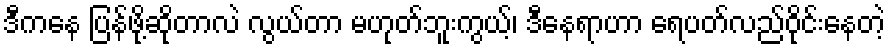
ဒီကနေ ပြန်ဖို့ဆိုတာလဲ လွယ်တာ မဟုတ်ဘူးကွယ့်၊ ဒီနေရာဟာ ရေပတ်လည်ဝိုင်းနေတဲ့